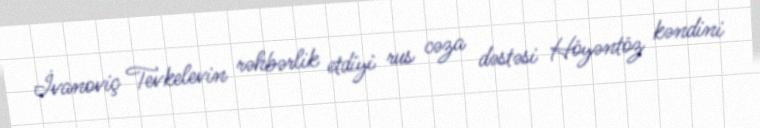
İvanoviç Tevkelevin rəhbərlik etdiyi rus cəza dəstəsi Höyəntöz kəndini